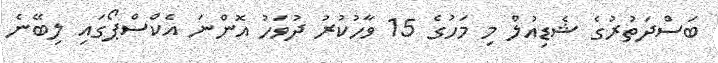
ބަސްދަތުރުގެ ޝެޑިއުލް މި މަހުގެ 15 ވާހުކުރު ދުވަހު އޮންނަ އެކްސްޕޯގައި ލިބޭނެ